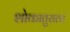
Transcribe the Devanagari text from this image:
शोकातुराला